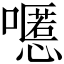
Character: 𱕔